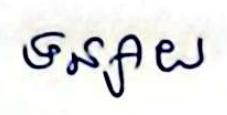
ទន្សាយ